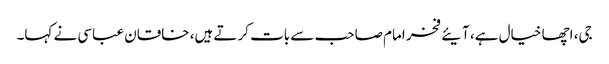
جی، اچھا خیال ہے، آیئے فخر امام صاحب سے بات کرتے ہیں، خاقان عباسی نے کہا۔